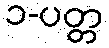
၁-ပတ္တ